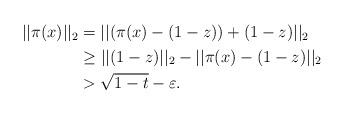
LaTeX: \begin{align*}\begin{aligned}||\pi(x)||_2 &= ||(\pi(x) - (1-z)) + (1-z)||_2\\& \geq ||(1-z)||_2 - ||\pi(x) - (1-z)||_2\\& > \sqrt{1-t} - \varepsilon.\end{aligned}\end{align*}